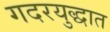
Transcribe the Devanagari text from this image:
गदरयुद्धात